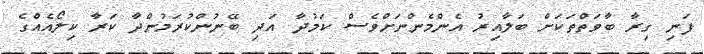
ފަނިި ގިރާ ބާވަތްތަކަށް ބަލާއިރު އެންމެންނަށްވެސް ކަމުދާ އަދި ބޭނުންކުރަމުންދާ ކަރާ ކިލޯއެއްގެ